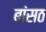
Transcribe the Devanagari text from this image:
बांसठ